Leaving Certificate, 1900
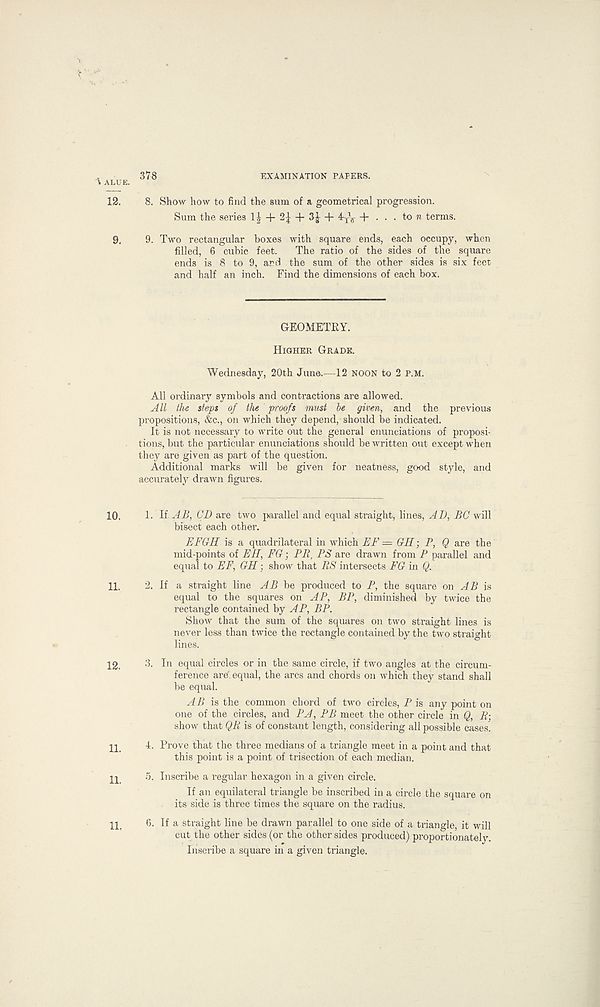
'Value.
12.
9.
10.
11.
12.
11.
11.
11.
378
EXAMINATION PAPERS.
8. Show how to find the sum of a geometrical progression.
Sum the series + + + 4^- + . . . to n terms.
9. Two rectangular boxes with square ends, each occupy, when
filled, 6 cubic feet. The ratio of the sides of the square
ends is 8 to 9, art! the sum of the other sides is six feet
and half an inch. Find the dimensions of each box.
GEOMETRY.
Higher Grade.
Wednesday, 20th June.—12 noon to 2 p.m.
All ordinary symbols and contractions are allowed.
All the steps of the proofs must be given, and the previous
propositions, &c., on which they depend, should be indicated.
It is not necessary to write out the general enunciations of proposi-
tions, but the particular enunciations should be written out except when
they are given as part of the question.
Additional marks will be given for neatness, good style, and
accurately drawn figures.
1. li AB, CD are two parallel and equal straight, lines, AD, BC will
bisect each other.
EFGH is a quadrilateral in which EF = GH; P, Q are the
mid-points of EH, FG; PR, PS are drawn from P parallel and
equal to EF, GH : show that RS intersects FG in Q.
2. If a straight line AB be produced to P, the square on AB is
equal to the squares on AP, BP, diminished by twice the
rectangle contained by AP, BP.
Show that the sum of the squares on two straight lines is
never less than twice the rectangle contained by the two straight
lines.
3. In equal circles or in the same circle, if two angles at the circum-
ference ard. equal, the arcs and chords on which they stand shall
be equal.
AB is the common chord of two circles, P is any point on
one of the circles, and PA, PB meet the other circle in Q, R-,
show that QR is of constant length, considering all possible cases.
4. Prove that the three medians of a triangle meet in a point and that
this point is a point of trisection of each median.
5. Inscribe a regular hexagon in a given circle.
If an equilateral triangle be inscribed in a circle the square on
its side is three times the square on the radius.
6. If a straight line be drawn parallel to one side of a triangle, it will
cut the other sides (or the other sides produced) proportionately.
Inscribe a square in a given triangle.